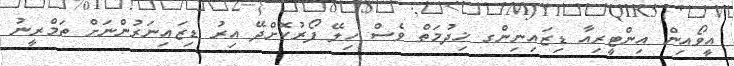
އީވޯއިން އިންޓީރިއާ ޑިޒައިނިންގ ޚިދުމަތް ވެސް ހިލޭ ފޯރުކޮށްދޭ އިރު ޑިޒައިނަރުންނަށް ތަމްރީނު